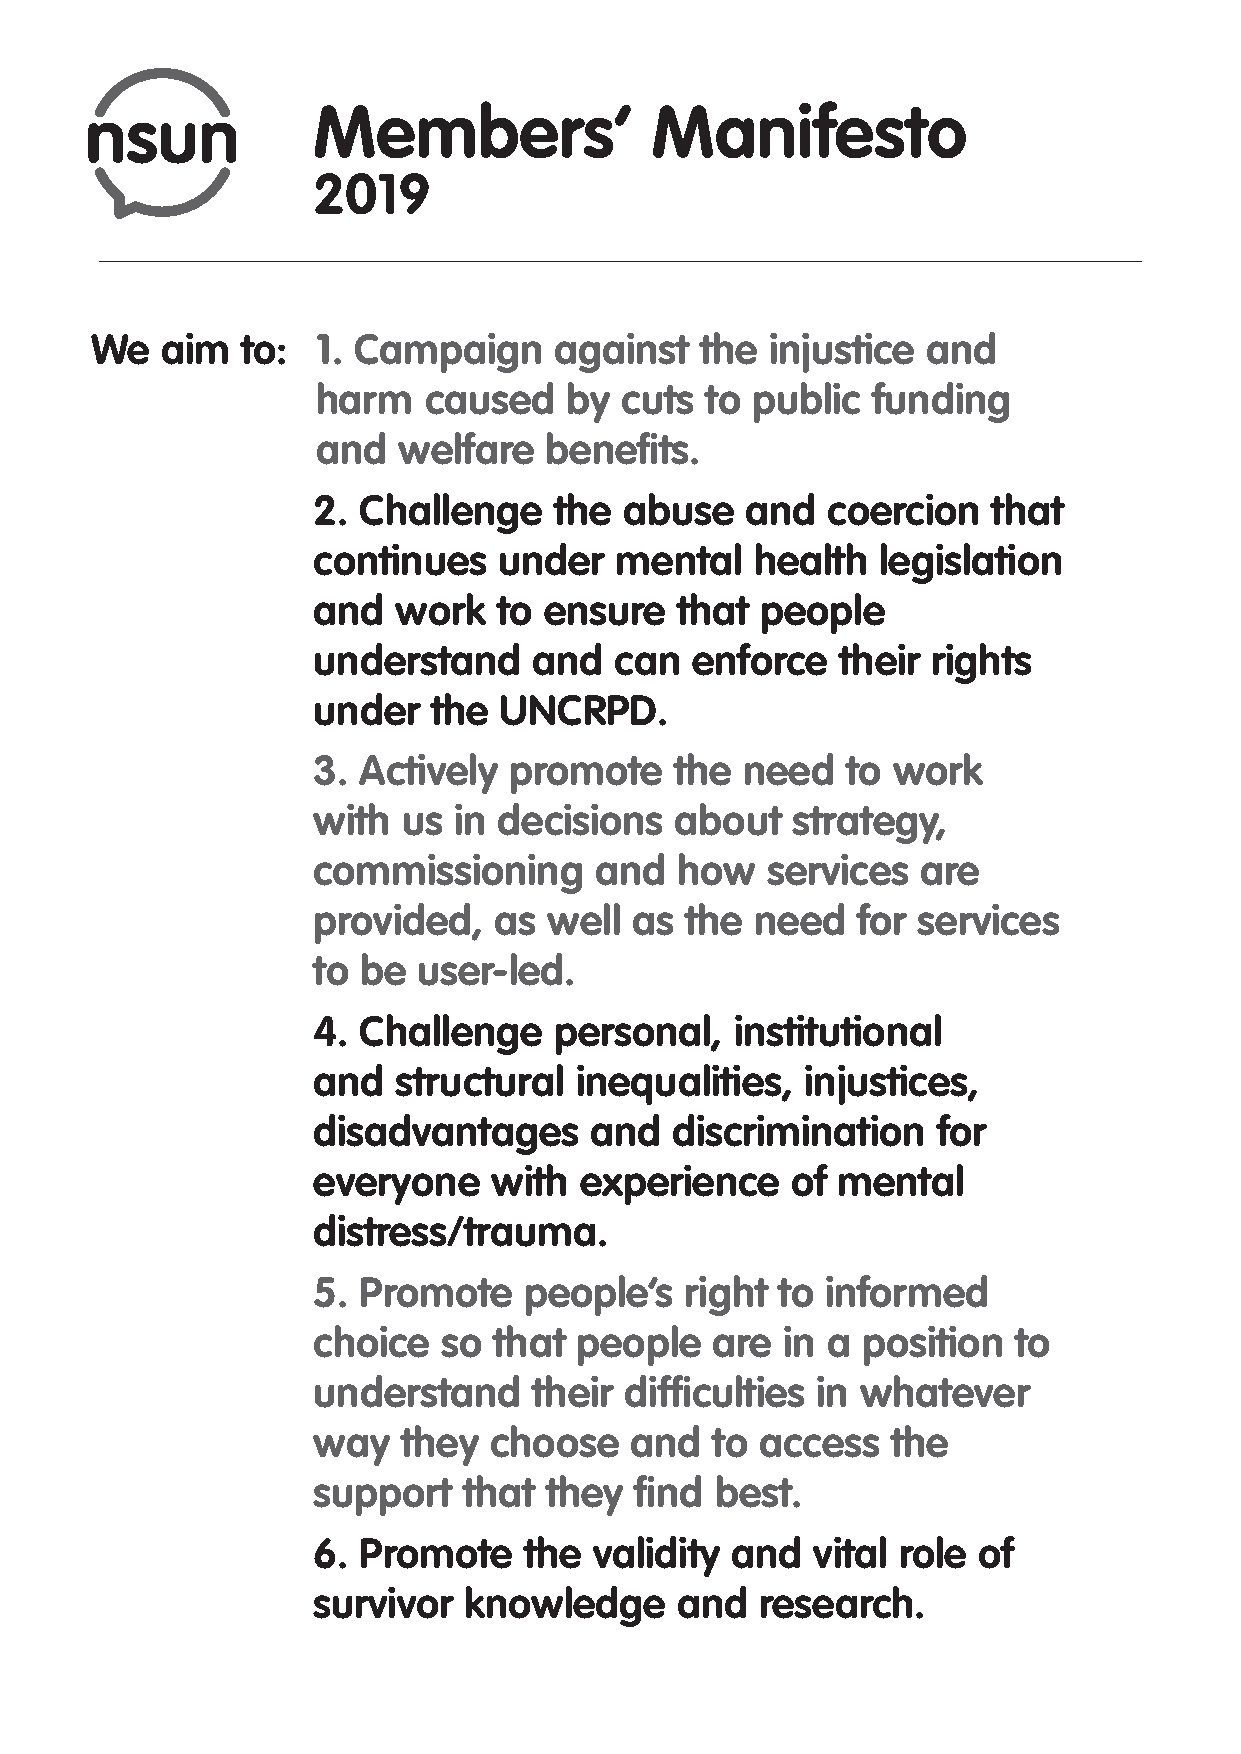
Members’              Manifesto
 2019
 We   aim  to:  1. Campaign     against  the  injustice and
 harm   caused   by  cuts  to public  funding
 and  welfare   benefits.
 2. Challenge    the abuse   and   coercion   that
 continues   under   mental   health  legislation
 and  work   to ensure   that people
 understand    and   can  enforce   their rights
 under   the UNCRPD.
 3. Actively  promote    the need   to work
 with  us in decisions   about  strategy,
 commissioning     and   how   services  are
 provided,   as well  as the  need   for services
 to be  user-led.
 4. Challenge    personal,   institutional
 and  structural  inequalities,  injustices,
 disadvantages     and  discrimination    for
 everyone   with  experience    of mental
 distress/trauma.
 5. Promote    people’s  right to  informed
 choice  so  that people   are  in a position  to
 understand    their difficulties in whatever
 way   they choose    and  to access   the
 support   that they  find best.
 6. Promote    the validity and   vital role of
 survivor  knowledge     and  research.